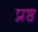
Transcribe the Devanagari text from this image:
प्रष्ठ